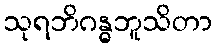
သုရဘိဂန္ဓဘူသိတာ